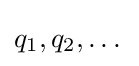
q_{1},q_{2},\dots